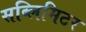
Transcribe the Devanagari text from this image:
सब्लिमिटर